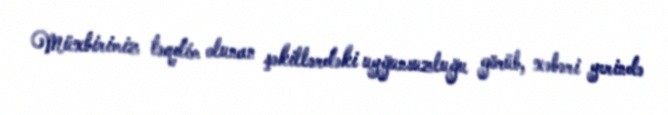
Müxbirimiz təqdim olunan şəkillərdəki uyğunsuzluğu görüb, xəbəri yerində